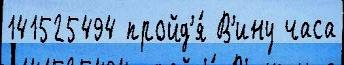
141525494 пройд'я́ В'ину часа